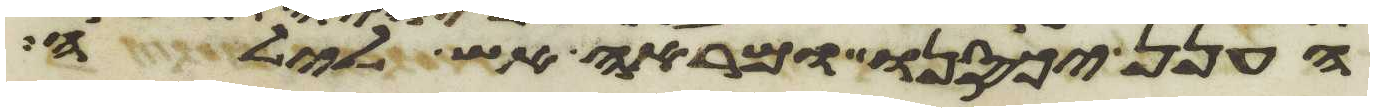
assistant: הענן יכסנו ומראה אש לילה